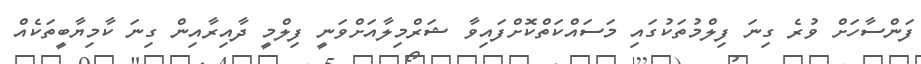
ފަންސާހަށް ވުރެ ގިނަ ފިލްމުތަކުގައި މަސައްކަތްކޮށްފައިވާ ޝަރްމިލާއަށްވަނީ ފިލްމީ ދާއިރާއިން ގިނަ ކާމިޔާބީތަކެއް